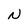
Character: N